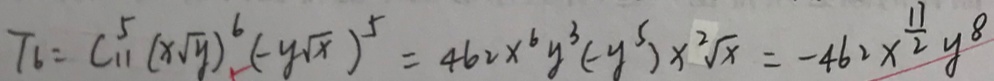
T _ { 6 } = C _ { 1 1 } ^ { 5 } ( x \sqrt { y } ) ^ { 6 } ( - y \sqrt { x } ) ^ { 5 } = 4 6 2 x ^ { 6 } y ^ { 3 } ( - y ^ { 5 } ) x ^ { 2 } \sqrt { x } = - 4 6 2 x ^ { \frac { 1 7 } { 2 } } y ^ { 8 }